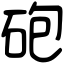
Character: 砲